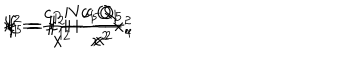
LaTeX: f _ { 1 } = 1 + \frac { c _ { 1 } Q _ { 1 } } { x ^ { 2 } } , \hspace { 1 c m } f _ { 5 } = 1 + \frac { c _ { 5 } Q _ { 5 } } { x ^ { 2 } } , \hspace { 1 c m } k = \frac { c _ { P } N } { x ^ { 2 } } \hspace { 1 c m } x ^ { 2 } = x _ { 1 } ^ { 2 } + \cdots x _ { 4 } ^ { 2 }